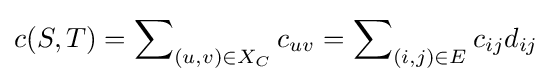
c(S,T)=\sum \nolimits _{(u,v)\in X_{C}}c_{uv}=\sum \nolimits _{(i,j)\in E}c_{ij}d_{ij}